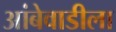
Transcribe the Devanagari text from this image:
आंबेवाडीला